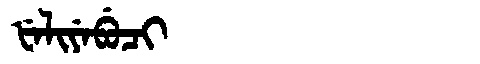
Manchu: ᡶᡝᠯᡳᠶᡝᠪᡠᠴᡳ
Romanization: FELIYEBUCI